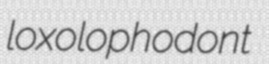
loxolophodont